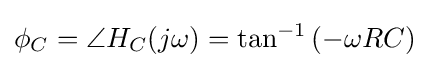
\phi _{C}=\angle H_{C}(j\omega )=\tan ^{-1}\left(-\omega RC\right)